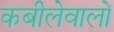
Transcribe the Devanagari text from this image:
कबीलेवालों